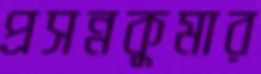
প্রসন্নকুমার